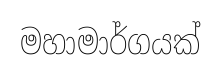
මහාමාර්ගයක්